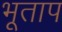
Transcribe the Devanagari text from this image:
भूताप